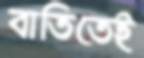
বাতিতেই